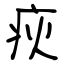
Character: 疢